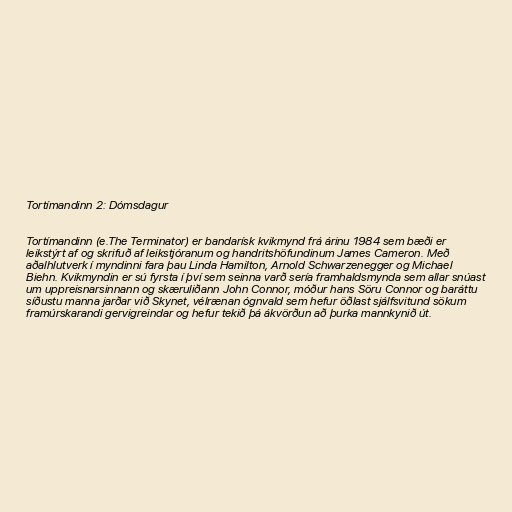
Tortímandinn 2: Dómsdagur

Tortímandinn (e.The Terminator) er bandarísk kvikmynd frá árinu 1984 sem bæði er
leikstýrt af og skrifuð af leikstjóranum og handritshöfundinum James Cameron. Með
aðalhlutverk í myndinni fara þau Linda Hamilton, Arnold Schwarzenegger og Michael
Biehn. Kvikmyndin er sú fyrsta í því sem seinna varð sería framhaldsmynda sem allar snúast
um uppreisnarsinnann og skæruliðann John Connor, móður hans Söru Connor og baráttu
síðustu manna jarðar við Skynet, vélrænan ógnvald sem hefur öðlast sjálfsvitund sökum
framúrskarandi gervigreindar og hefur tekið þá ákvörðun að þurka mannkynið út.